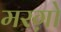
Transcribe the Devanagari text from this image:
मरग़ो